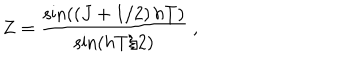
LaTeX: Z = { \frac { \sin \left( \left( J + 1 / 2 \right) h T \right) } { \sin \left( h T / 2 \right) } } \ ,